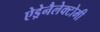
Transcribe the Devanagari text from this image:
ऐड्रेनैलेक्टोमी